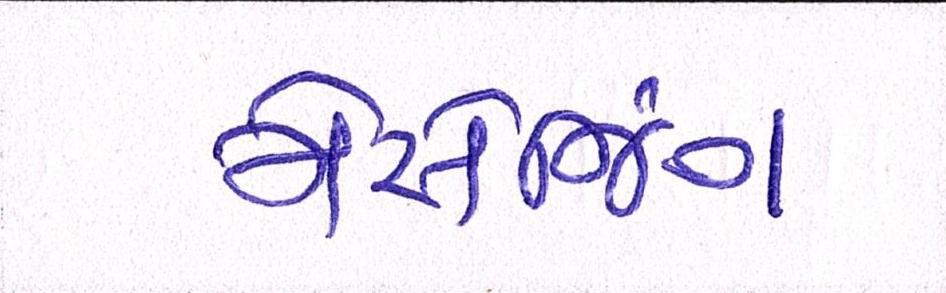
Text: મેસેજિંગ